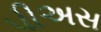
પીઅસ